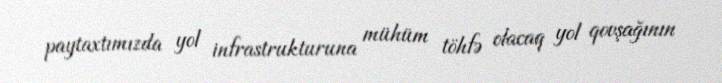
paytaxtımızda yol infrastrukturuna mühüm töhfə olacaq yol qovşağının